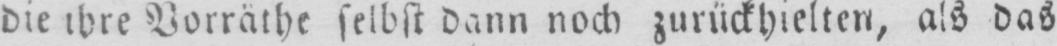
die ihre Vorräthe selbst dann noch zurückhielten, als das